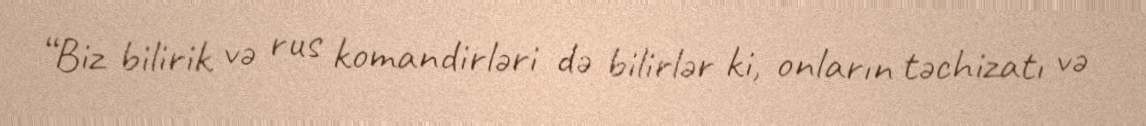
“Biz bilirik və rus komandirləri də bilirlər ki, onların təchizatı və